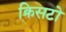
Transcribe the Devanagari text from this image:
क्रिसटो